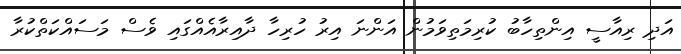
އަދި ރިއާސީ އިންތިހާބު ކުރިމަތިވަމުން އަންނަ އިރު ހުރިހާ ދާއިރާއެއްގައި ވެސް މަސައްކަތްކުރާ